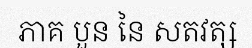
ភាគ បួន នៃ សតវត្ស